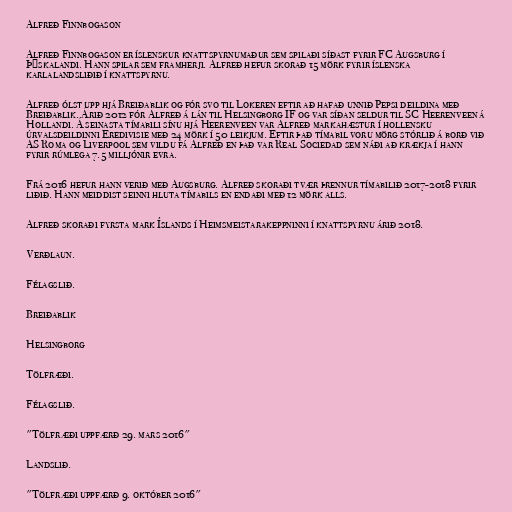
Alfreð Finnbogason

Alfreð Finnbogason er íslenskur knattspyrnumaður sem spilaði síðast fyrir FC Augsburg í
Þýskalandi. Hann spilar sem framherji. Alfreð hefur skorað 15 mörk fyrir íslenska
karlalandsliðið í knattspyrnu.

Alfreð ólst upp hjá Breiðablik og fór svo til Lokeren eftir að hafað unnið Pepsi deildina með
Breiðablik. Árið 2012 fór Alfreð á lán til Helsingborg IF og var síðan seldur til SC Heerenveen á
Hollandi. Á seinasta tímabili sínu hjá Heerenveen var Alfreð markahæstur í hollensku
úrvalsdeildinni Eredivisie með 24 mörk í 50 leikjum. Eftir það tímabil voru mörg stórlið á borð við
AS Roma og Liverpool sem vildu fá Alfreð en það var Real Sociedad sem náði að krækja í hann
fyrir rúmlega 7.5 milljónir evra.

Frá 2016 hefur hann verið með Augsburg. Alfreð skoraði tvær þrennur tímabilið 2017-2018 fyrir
liðið. Hann meiddist seinni hluta tímabils en endaði með 12 mörk alls.

Alfreð skoraði fyrsta mark Íslands í Heimsmeistarakeppninni í knattspyrnu árið 2018.

Verðlaun.

Félagslið.

Breiðablik

Helsingborg

Tölfræði.

Félagslið.

"Tölfræði uppfærð 29. mars 2016"

Landslið.

"Tölfræði uppfærð 9. október 2016"